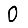
Digit: 0